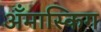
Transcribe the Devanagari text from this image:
अँमास्किग